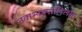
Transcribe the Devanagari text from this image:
तवाभ्यङ्गसलिलम्।